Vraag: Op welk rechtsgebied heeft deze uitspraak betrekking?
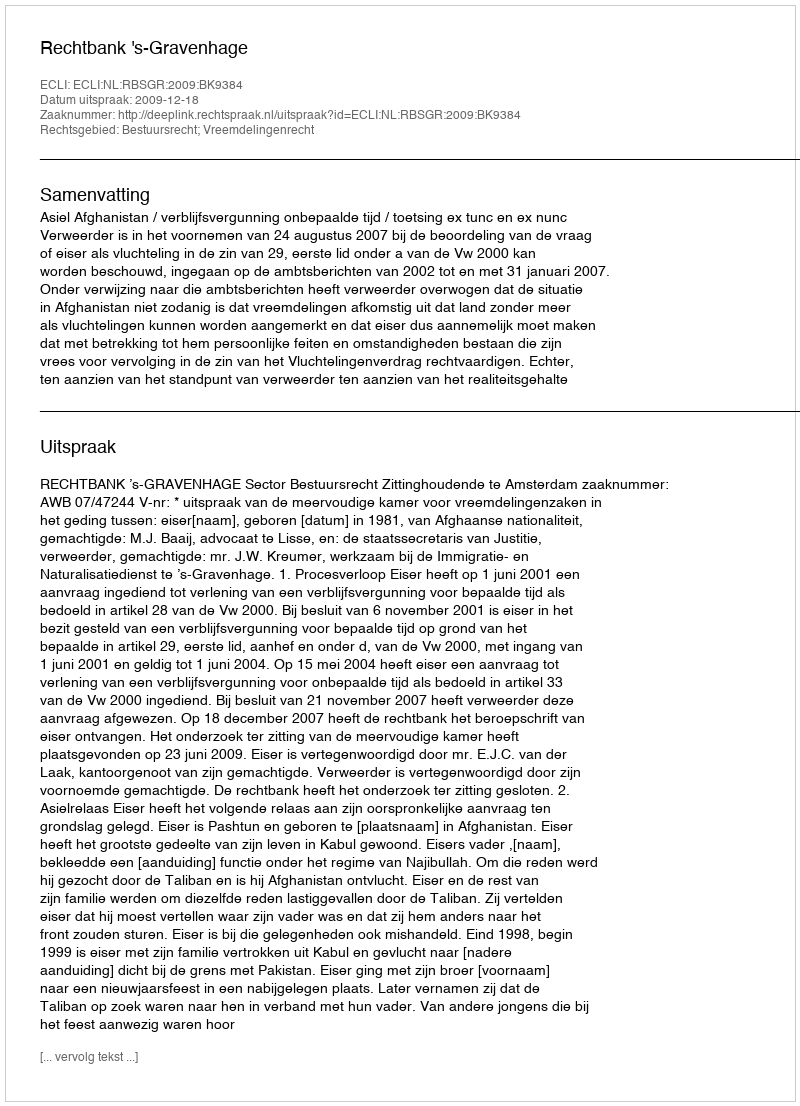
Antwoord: Bestuursrecht; Vreemdelingenrecht